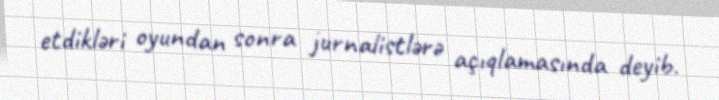
etdikləri oyundan sonra jurnalistlərə açıqlamasında deyib.